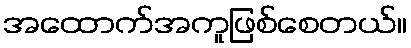
အထောက်အကူဖြစ်စေတယ်။